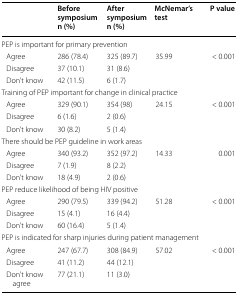
|  | Before symposium n (%) | After symposium n (%) | McNemar’s test | P value |
 | --- | --- | --- | --- | --- |
 | <COLSPAN=5> PEP is important for primary prevention |
 | Agree | 286 (78.4) | 325 (89.7) | 35.99 | < 0.001 |
 | Disagree | 37 (10.1) | 31 (8.6) |  |  |
 | Don’t know | 42 (11.5) | 6 (1.7) |  |  |
 | <COLSPAN=5> Training of PEP important for change in clinical practice |
 | Agree | 329 (90.1) | 354 (98) | 24.15 | < 0.001 |
 | Disagree | 6 (1.6) | 2 (0.6) |  |  |
 | Don’t know | 30 (8.2) | 5 (1.4) |  |  |
 | <COLSPAN=5> There should be PEP guideline in work areas |
 | Agree | 340 (93.2) | 352 (97.2) | 14.33 | 0.001 |
 | Disagree | 7 (1.9) | 8 (2.2) |  |  |
 | Don’t know | 18 (4.9) | 2 (0.6) |  |  |
 | <COLSPAN=5> PEP reduce likelihood of being HIV positive |
 | Agree | 290 (79.5) | 339 (94.2) | 51.28 | < 0.001 |
 | Disagree | 15 (4.1) | 16 (4.4) |  |  |
 | Don’t know | 60 (16.4) | 5 (1.4) |  |  |
 | <COLSPAN=5> PEP is indicated for sharp injuries during patient management |
 | Agree | 247 (67.7) | 308 (84.9) | 57.02 | < 0.001 |
 | Disagree | 41 (11.2) | 44 (12.1) |  |  |
 | Don’t know agree | 77 (21.1) | 11 (3.0) |  |  |